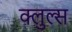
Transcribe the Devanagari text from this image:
क्लुल्स